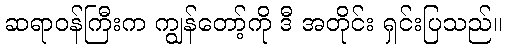
ဆရာဝန်ကြီးက ကျွန်တော့်ကို ဒီ အတိုင်း ရှင်းပြသည်။